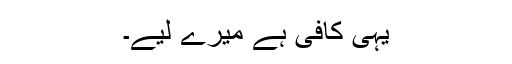
یہی کافی ہے میرے لیے۔